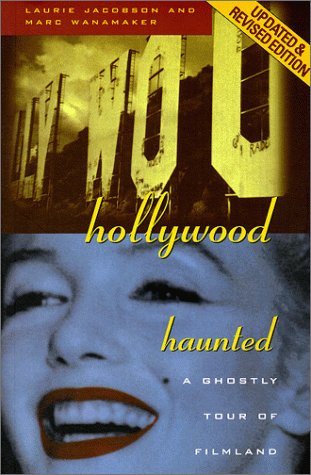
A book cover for Hollywood Haunted: A Ghostly Tour of Filmland; Laurie Jacobson; Religion & Spirituality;